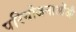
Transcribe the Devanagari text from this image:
परियोजनाओंऔ